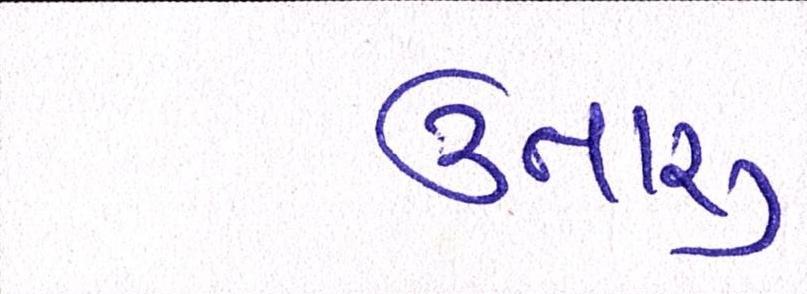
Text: ઉતારુ